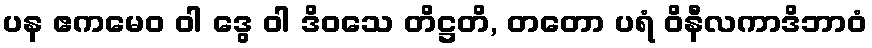
ပန ဧကမေဝ ဝါ ဒွေ ဝါ ဒိဝသေ တိဋ္ဌတိ, တတော ပရံ ဝိနီလကာဒိဘာဝံ